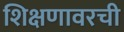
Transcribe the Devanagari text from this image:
शिक्षणावरची